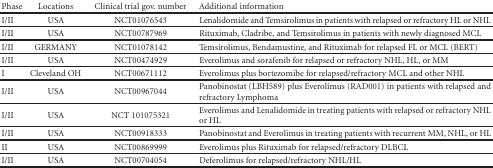
| Phase | Locations | Clinical trial gov. number | Additional information |
 | --- | --- | --- | --- |
 | I/II | USA | NCT01076543 | Lenalidomide and Temsirolimus in patients with relapsed or refractory HL or NHL |
 | I/II | USA | NCT00787969 | Rituximab, Cladribe, and Temsirolimus in patients with newly diagnosed MCL |
 | I/II | GERMANY | NCT01078142 | Temsirolimus, Bendamustine, and Rituximab for relapsed FL or MCL (BERT) |
 | I/II | USA | NCT00474929 | Everolimus and sorafenib for relapsed or refractory NHL, HL, or MM |
 | I | Cleveland OH | NCT00671112 | Everolimus plus bortezomibe for relapsed/refractory MCL and other NHL |
 | I/II | USA | NCT00967044 | Panobinostat (LBH589) plus Everolimus (RAD001) in patients with relapsed and refractory Lymphoma |
 | I/II | USA | NCT 101075321 | Everolimus and Lenalidomide in treating patients with relapsed or refractory NHL or HL |
 | I/II | USA | NCT00918333 | Panobinostat and Everolimus in treating patients with recurrent MM, NHL, or HL |
 | II | USA | NCT00869999 | Everolimus plus Rituximab for relapsed/refractory DLBCL |
 | I/II | USA | NCT00704054 | Deferolimus for relapsed/refractory NHL/HL |